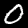
Label: 0